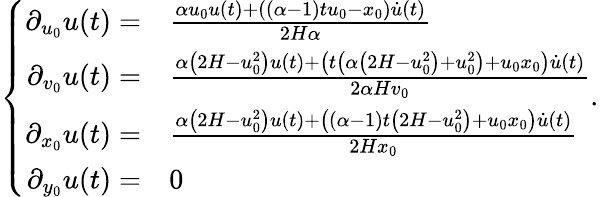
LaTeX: \left\{ \begin{array}{rl}{\partial_{u_{0}}u(t)=}&{\frac{\alpha u_{0}u(t)+((\alpha-1)tu_{0}-x_{0})\dot{u}(t)}{2H\alpha}}\\ {\partial_{v_{0}}u(t)=}&{\frac{\alpha\left(2H-u_{0}^{2}\right)u(t)+\left(t\left(\alpha\left(2H-u_{0}^{2}\right)+u_{0}^{2}\right)+u_{0}x_{0}\right)\dot{u}(t)}{2\alpha Hv_{0}}}\\ {\partial_{x_{0}}u(t)=}&{\frac{\alpha\left(2H-u_{0}^{2}\right)u(t)+\left((\alpha-1)t\left(2H-u_{0}^{2}\right)+u_{0}x_{0}\right)\dot{u}(t)}{2Hx_{0}}}\\ {\partial_{y_{0}}u(t)=}&{0}\end{array}.\right.